Civil Veterinary Department. Madras. Admin. report 1926-33 - 1926-1933
Year: 1926
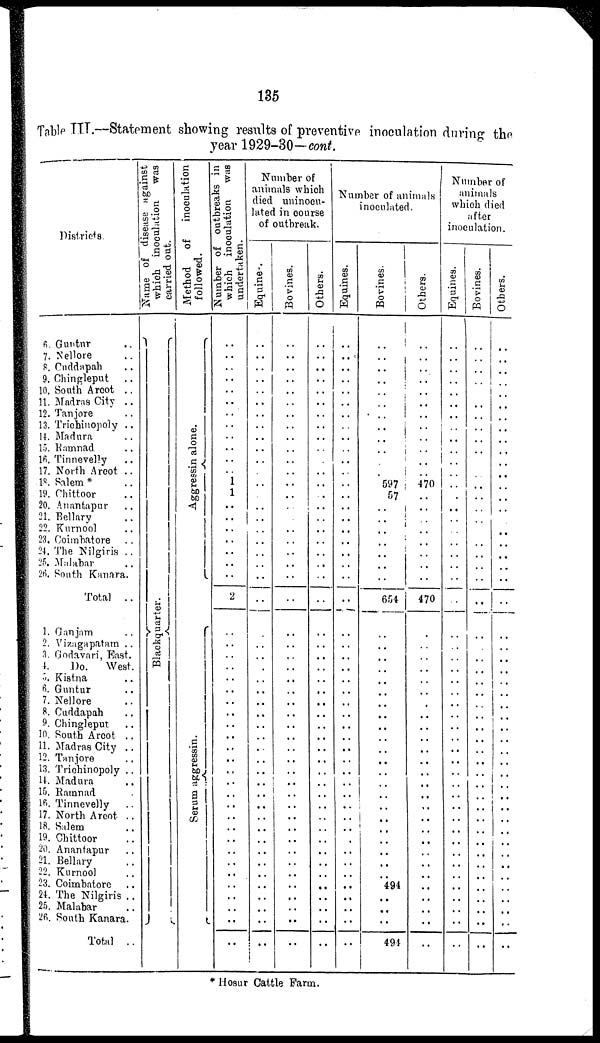
135
Table III.—Statement showing results of preventive inoculation during the
year 1929-30-cont.
Districts.
6. Guntur ..
7. Nellore ..
8. Cuddapah ..
9. Chingleput ..
10. South Arcot ..
11. Madras City ..
12. Tanjore ..
13. Trichinopoly ..
14. Madura
15. Ramnad ..
16. Tinnevelly ..
17. North Arcot ..
18. Salem * ..
19. Chittoor ..
20. Anantapur ..
21. Bellary ..
22. Kurnool ..
23. Coimbatore ..
24. The Nilgiris ..
25. Malabar ..
26. South Kanara.
Total ..
1. Ganjam ..
2. Vizagapatam ..
3. Godavari, East.
4.
Do.
West.
5. Kistna ..
6. Guntur ..
7. Nellore ..
8. Cuddapah ..
9. Chingleput ..
10. South Arcot ..
11. Madras City ..
12. Tanjore ..
13. Trichinopoly ..
14. Madura ..
15. Ramnad ..
16. Tinnevelly ..
17. North Arcot ..
18. Salem ..
19. Chittoor ..
20. Anantapur ..
21. Bellary ..
22. Kurnool ..
23. Coimbatore ..
24. The Nilgiris ..
25. Malabar ..
26. South Kanara.
Total ..
Name of disease against
which inoculation
was
carried out.
Blackquarter.
Method
of
inoculation
followed.
Aggressin alone.
Serum aggressin.
Number of outbreaks in
which inoculation
was
undertaken.
..
..
..
..
..
..
..
..
..
..
..
.. 1
1
..
..
..
..
..
..
..
2
..
..
..
..
..
..
..
..
..
..
..
..
..
..
..
..
..
..
..
..
..
..
..
..
..
..
..
Number of
animals which
died uninocu-
lated in course
of outbreak.
Equines.
..
..
..
..
..
..
..
..
..
..
..
..
..
..
..
..
..
..
..
..
..
..
..
..
..
..
..
..
..
..
..
..
..
..
..
..
..
..
..
..
..
..
..
..
..
..
..
..
..
Bovines.
..
..
..
..
..
..
..
..
..
..
..
..
..
..
..
..
..
..
..
..
..
..
..
..
..
..
..
..
..
..
..
..
..
..
..
..
..
..
..
..
..
..
..
..
..
..
..
..
..
Others.
..
..
..
..
..
..
..
..
..
..
..
..
..
..
..
..
..
..
..
..
..
..
..
..
..
..
..
..
..
..
..
..
..
..
..
..
..
..
..
..
..
..
..
..
..
..
..
..
..
Number of animals
inoculated.
Equines.
..
..
..
..
..
..
..
..
..
..
..
..
..
..
..
..
..
..
..
..
..
..
..
..
..
..
..
..
..
..
..
..
..
..
..
..
..
..
..
..
..
..
..
..
..
..
..
..
..
Bovines.
..
..
..
..
..
..
..
..
..
..
..
.. 597
57
..
..
..
..
..
..
..
654
..
..
..
..
..
..
..
..
..
..
..
..
..
..
..
..
..
..
..
..
..
..
494
..
..
..
494
Others.
..
..
..
..
..
..
..
..
..
..
..
.. 470
..
..
..
..
..
..
..
..
470
..
..
..
..
..
..
..
..
..
..
..
..
..
..
..
..
..
..
..
..
..
..
..
..
..
..
..
Number of
animals
which died
after
inoculation.
Equines.
..
..
..
..
..
..
..
..
..
..
..
..
..
..
..
..
..
..
..
..
..
..
..
..
..
..
..
..
..
..
..
..
..
..
..
..
..
..
..
..
..
..
..
..
..
..
..
..
..
Bovines.
..
..
..
..
..
..
..
..
..
..
..
..
..
..
..
..
..
..
..
..
..
..
..
..
..
..
..
..
..
..
..
..
..
..
..
..
..
..
..
..
..
..
..
..
..
..
..
..
..
Others.
..
..
..
..
..
..
..
..
..
..
..
..
..
..
..
..
..
..
..
..
..
..
..
..
..
..
..
..
..
..
..
..
..
..
..
..
..
..
..
..
..
..
..
..
..
..
..
..
..
* Hosur Cattle Farm.